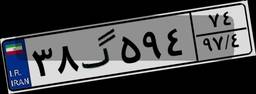
۳۹گ۳۵۶۴۱